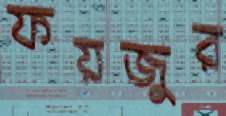
ফয়জুর